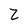
Character: Z